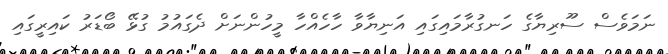
ނަމަވެސް ސޫރިޔާގެ ހަނގުރާމައިގައި އަނިޔާވާ ހާހެއްހާ މީހުންނަށް ދެގައުމު ގުޅޭ ބޯޑަރު ކައިރީގައި